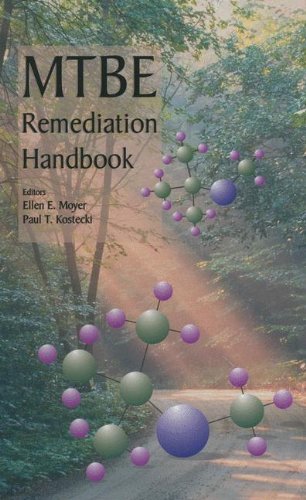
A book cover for MTBE Remediation Handbook (ERCOFTAC Series); Science & Math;